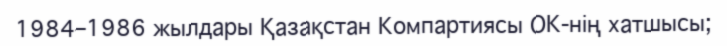
1984–1986 жылдары Қазақстан Компартиясы ОК-нің хатшысы;